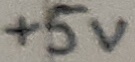
Text: +5V